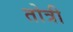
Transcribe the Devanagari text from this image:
तोत्री